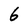
Character: 6